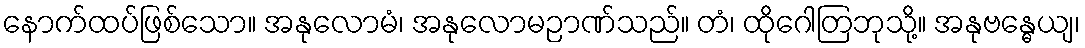
နောက်ထပ်ဖြစ်သော။ အနုလောမံ၊ အနုလောမဉာဏ်သည်။ တံ၊ ထိုဂေါတြဘုသို့။ အနုဗန္ဓေယျ၊